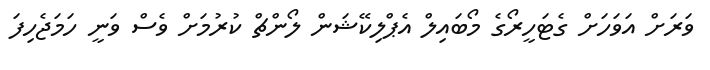
ވަރަށް އަވަހަށް ގެޓަހީރޯގެ މޯބައިލް އެޕްލިކޭޝަން ލޯންޗް ކުރުމަށް ވެސް ވަނީ ހަމަޖެހިފަ